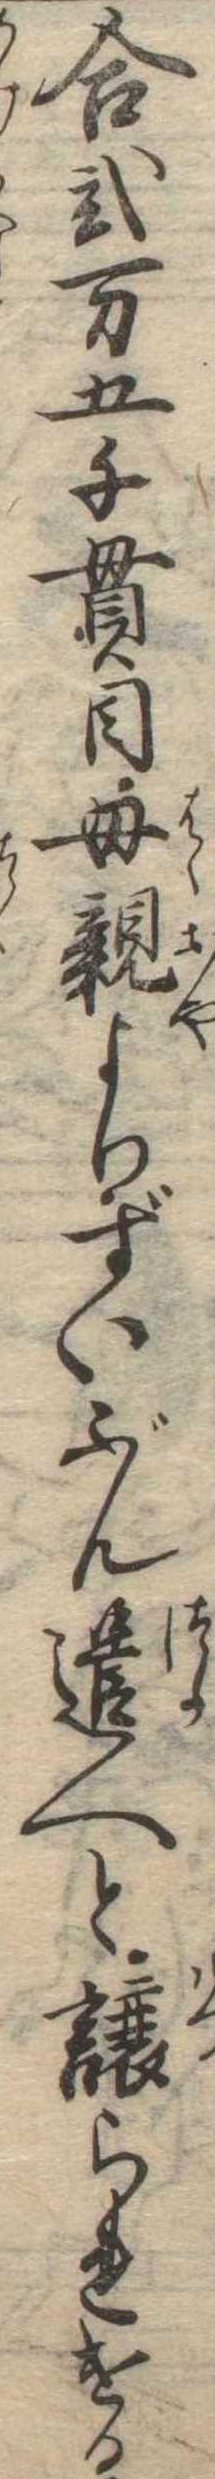
合弐万五千貫目母親よりずいぶん遣へと譲られける